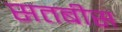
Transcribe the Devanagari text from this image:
सतबीस